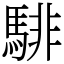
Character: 騑